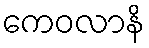
ကေဝလာနိ